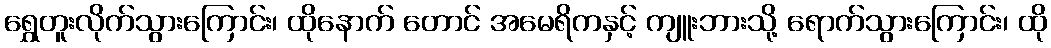
ရွှေတူးလိုက်သွားကြောင်း၊ ထိုနောက် တောင် အမေရိကနှင့် ကျူးဘားသို့ ရောက်သွားကြောင်း၊ ထို